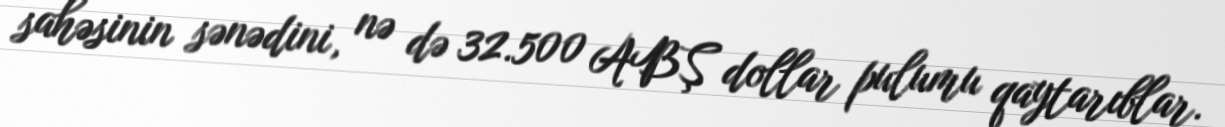
sahəsinin sənədini, nə də 32.500 ABŞ dollar pulumu qaytarıblar.